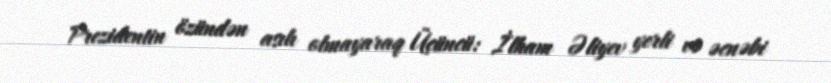
Prezidentin özündən asılı olmayaraq Üçüncü: İlham Əliyev yerli və əcnəbi